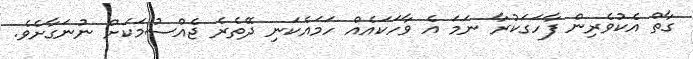
ގާތް އެކުވެރިން ފާހަގަކުރާ ނަމަ އެ ވާހަކައެއް ހަމައެކަނި ދޭތެރެ ޖެއްސުމަކަށް ނުނަގާށެވެ.